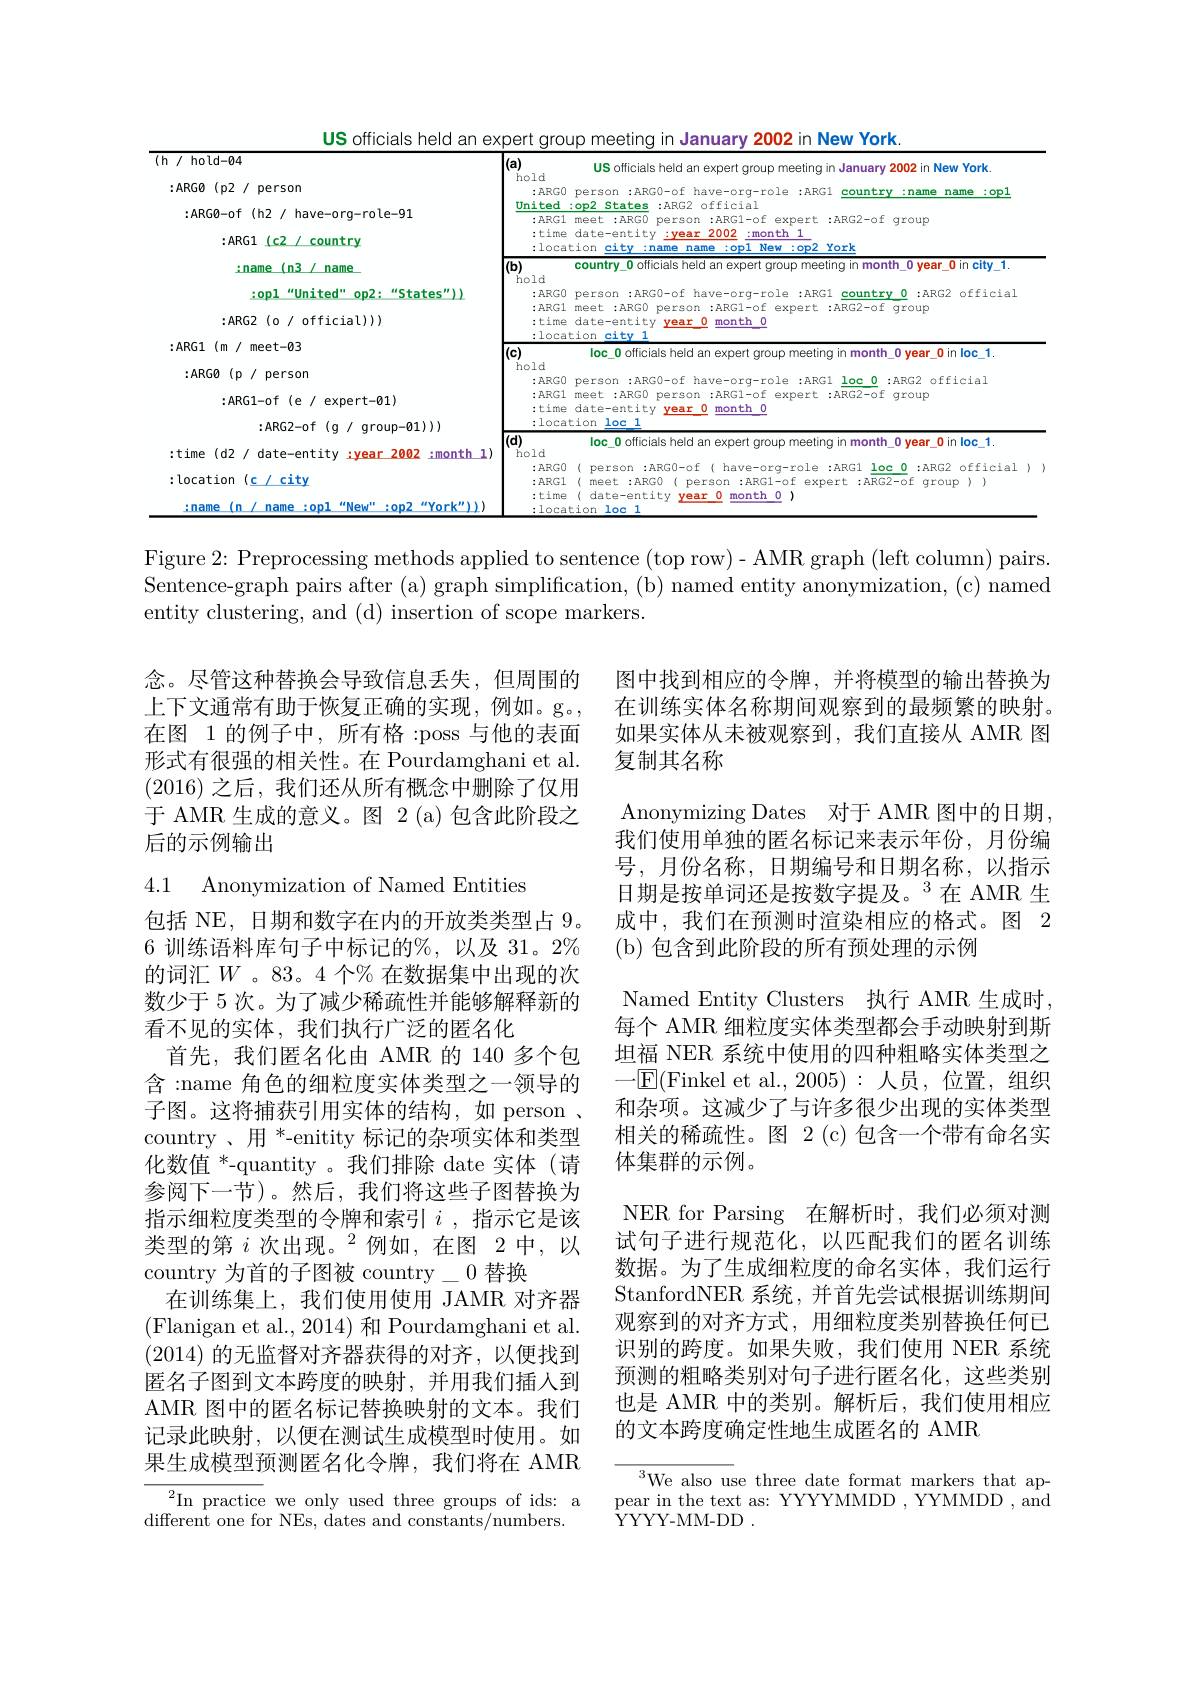
<table>
	<tbody>
		<tr>
			<td>hold-04</td>
			<td>Yew York</td>
		</tr>
		<tr>
			<td>:ARGO-of(h2/ have-org-role-91</td>
			<td> </td>
		</tr>
		<tr>
			<td>$:ARG1(c2/country$</td>
			<td> </td>
		</tr>
		<tr>
			<td>Ham A n3 name</td>
			<td>r\_0in city 1.</td>
		</tr>
		<tr>
			<td> </td>
			<td> </td>
		</tr>
		<tr>
			<td> </td>
			<td>$G2$ $\textcircled{1}ff_{1}cf_{2}$</td>
		</tr>
		<tr>
			<td> </td>
			<td> </td>
		</tr>
		<tr>
			<td>111 $ARI_{2}$ $\Lambda$</td>
			<td> </td>
		</tr>
		<tr>
			<td> </td>
			<td> </td>
		</tr>
		<tr>
			<td>$:ARG1$ $(m$ 1 meet-03</td>
			<td>inlar</td>
		</tr>
		<tr>
			<td>519</td>
			<td>IVV 1</td>
		</tr>
		<tr>
			<td> </td>
			<td>$G2$ $\textcircled{1}FFY\sim\{0,0\}$</td>
		</tr>
		<tr>
			<td>MPIA York") =name T THAME mn -nnz</td>
			<td> </td>
		</tr>
	</tbody>
</table>

US officials held an expert group meeting in January 2002 in New York.

Figure 2: Preprocessing methods applied to sentence (top row)- AMR graph (left column) pairs. Sentence-graph pairs after (a) graph simplification, (b) named entity anonymization, (c) named entity clustering, and (d) insertion of scope markers.

念。尽管这种替换会导致信息丢失，但周围的上下文通常有助于恢复正确的实现，例如。g。在图 1 的例子中，所有格 :poss 与他的表面形式有很强的相关性。在 Pourdamghani et al. (2016)之后，我们还从所有概念中删除了仅用于 AMR 生成的意义。图 2 (a) 包含此阶段之后的示例输出

4.1 Anonymization of Named Entities

图中找到相应的令牌，并将模型的输出替换为在训练实体名称期间观察到的最频繁的映射。如果实体从未被观察到，我们直接从 AMR 图复制其名称
Anonymizing Dates 对于 AMR 图中的日期， 我们使用单独的匿名标记来表示年份，月份编号，月份名称，日期编号和日期名称，以指示日期是按单词还是按数字提及。$^{3}$在 AMR 生成中，我们在预测时渲染相应的格式。图 2 ( b) 包含到此阶段的所有预处理的示例
Named Entity Clusters 执行 AMR 生成时， 每个 AMR 细粒度实体类型都会手动映射到斯坦福 NER 系统中使用的四种粗略实体类型之$-\lfloor\underline{\mathrm{E}}($Finkel et al.,2005):人员，位置，组织和杂项。这减少了与许多很少出现的实体类型相关的稀疏性。图 2 (c)包含一个带有命名实体集群的示例。
NER for Parsing 在解析时，我们必须对测试句子进行规范化，以匹配我们的匿名训练数据。为了生成细粒度的命名实体，我们运行StanfordNER 系统，并首先尝试根据训练期间观察到的对齐方式，用细粒度类别替换任何已识别的跨度。如果失败，我们使用 NER 系统预测的粗略类别对句子进行匿名化，这些类别也是 AMR 中的类别。解析后，我们使用相应的文本跨度确定性地生成匿名的 AMR

包括 NE, 日期和数字在内的开放类类型占 9。6 训练语料库句子中标记的%,以及 31。2% 的词汇$W$ 。83。4 个% 在数据集中出现的次数少于 5 次。为了减少稀疏性并能够解释新的看不见的实体，我们执行广泛的匿名化
首先，我们匿名化由 AMR 的 140 多个包含 :name 角色的细粒度实体类型之一领导的子图。这将捕获引用实体的结构，如 person country 、用$^*$-enitity 标记的杂项实体和类型化数值$^{*}$-quantity 。我们排除 date 实体(请参阅下一节)。然后，我们将这些子图替换为指示细粒度类型的令牌和索引$i$ ,指示它是该类型的第$i\text{ 次出现。}^2$例如，在图 2中，以country 为首的子图被 country\_0 替换
在训练集上，我们使用使用 JAMR 对齐器(Flanigan et al., 2014) 和 Pourdamghani et al. (2014)的无监督对齐器获得的对齐，以便找到匿名子图到文本跨度的映射，并用我们插人到AMR 图中的匿名标记替换映射的文本。我们记录此映射，以便在测试生成模型时使用。如果生成模型预测匿名化令牌，我们将在 AMR

${}^{3}$We also use three date format markers that appear in the text as: YYYYMMDD , YYMMDD , and ${\mathrm{YYYY- MM- DD}}$ .

different one for NEs, dates and constants/numbers.